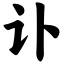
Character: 讣